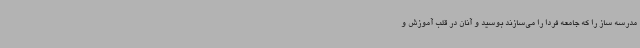
مدرسه ساز را که جامعه فردا را می‌سازند بوسید و آنان در قلب آموزش و